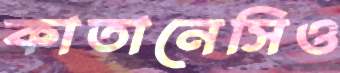
কাতানেসিও